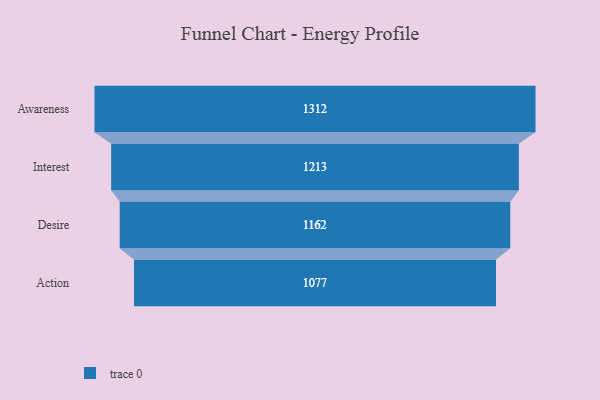
{"axis": {"x": "Stage", "y": "Value"}, "legend": [""], "data": [{"x": "Awareness", "y": 1312.0, "type": ""}, {"x": "Interest", "y": 1213.0, "type": ""}, {"x": "Desire", "y": 1162.0, "type": ""}, {"x": "Action", "y": 1077.0, "type": ""}]}